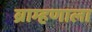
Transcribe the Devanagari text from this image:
ब्राम्हणाला